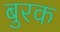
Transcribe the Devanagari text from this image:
बुरक